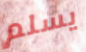
يسلم